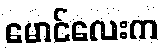
မောင်လေးက